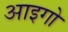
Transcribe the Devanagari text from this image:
आइगो